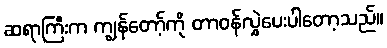
ဆရာကြီးက ကျွန်တော့်ကို တာဝန်လွှဲပေးပါတော့သည်။